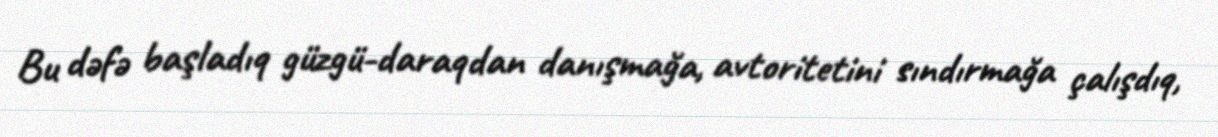
Bu dəfə başladıq güzgü-daraqdan danışmağa, avtoritetini sındırmağa çalışdıq,